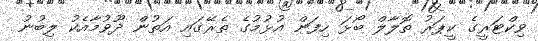
ވިކްޓަރީގެ ކީޕަރު ތޮލާލް ބޯޅަ ހިފަން އުޅުމުގެ ތެރޭގައި އަތުން ދޫވުމާއެކު ލިބުނު